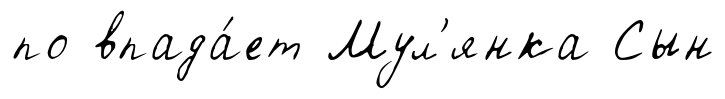
по впада́ет Мул'янка Сын